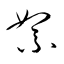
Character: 絮